Civil Veterinary Department. United Provinces 1912-22 - 1912-1922
Year: 1912
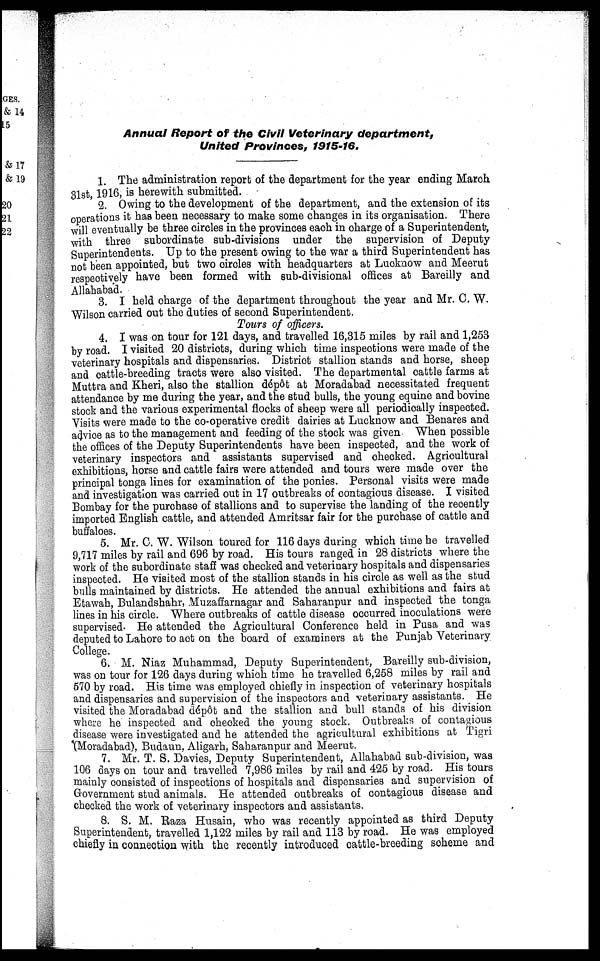
Annual Report of the Civil Veterinary
department,
United Provinces,
1915-16.
1. The administration report of the department for the year ending March
31st, 1916, is herewith submitted.
2. Owing to the development of the department, and the extension of its
operations it has been necessary to make some changes in its organisation. There
will eventually be three circles in the provinces each in charge of a Superintendent,
with three subordinate sub-divisions under the supervision of Deputy
Superintendents. Up to the present owing to the war a third Superintendent has
not been appointed, but two circles with headquarters at Luclnow and Meerut
respectively have been formed with sub-divisional offices at Bareilly and
Allahabad.
3. I held charge of the department throughout the year and Mr. C. W.
Wilson carried out the duties of second Superintendent.
Tours of officers.
4. I was on tour for 121 days, and travelled 16,315 miles by rail and 1,253
by road. I visited 20 districts, during which time inspections were made of the
veterinary hospitals and dispensaries. District stallion stands and horse, sheep
and cattle-breeding tracts were also visited. The departmental cattle farms at
Muttra and Kheri, also the stallion dépôt at Moradabad necessitated frequent
attendance by me during the year, and the stud bulls, the young equine and bovine
stock and the various experimental flocks of sheep were all periodically inspected.
Visits were made to the co-operative credit dairies at Lucknow and Benares and
advice as to the management and feeding of the stock was given When possible
the offices of the Deputy Superintendents have been inspected, and the work of
veterinary inspectors and assistants supervised and checked. Agricultural
exhibitions, horse and cattle fairs were attended and tours were made over the
principal tonga lines for examination of the ponies. Personal visits were made
and investigation was carried out in 17 outbreaks of contagious disease. I visited
Bombay for the purchase of stallions and to supervise the landing of the recently
imported English cattle, and attended Amritsar fair for the purchase of cattle and
buffaloes.
5. Mr. C. W. Wilson toured for 116 days during which time he travelled
9,717 miles by rail and 696 by road. His tours ranged in 28 districts where the
work of the subordinate staff was checked and veterinary hospitals and dispensaries
inspected. He visited most of the stallion stands in his circle as well as the stud
bulls maintained by districts. He attended the annual exhibitions and fairs at
Etawah, Bulandshahr, Muzaffarnagar and Saharanpur and inspected the tonga
lines in his circle. Where outbreaks of cattle disease occurred inoculations were
supervised. He attended the Agricultural Conference held in Pusa and was
deputed to Lahore to act on the board of examiners at the Punjab Veterinary
College.
6. M. Niaz Muhammad, Deputy Superintendent, Bareilly sub-division,
was on tour for 126 days during which time he travelled 6,258 miles by rail and
570 by road. His time was employed chiefly in inspection of veterinary hospitals
and dispensaries and supervision of the inspectors and veterinary assistants. He
visited the Moradabad dépôt and the stallion and bull stands of his division
where he inspected and checked the young stock. Outbreaks of contagious
disease were investigated and he attended the agricultural exhibitions at Tigri
(Moradabad). Budaun, Aligarh. Saharanpur and Meerut.
7. Mr. T. S. Davies, Deputy Superintendent, Allahabad sub-division, was
106 days on tour and travelled 7,986 miles by rail and 425 by road. His tours
mainly consisted of inspections of hospitals and dispensaries and supervision of
Government stud animals. He attended outbreaks of contagious disease and
checked the work of veterinary inspectors and assistants.
8. S. M. Baza Husain, who was recently appointed as third Deputy
Superintendent, travelled 1,122 miles by rail and 113 by road. He was employed
chiefly in connection with the recently introduced cattle-breeding scheme and